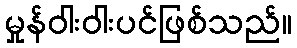
မှုန်ဝါးဝါးပင်ဖြစ်သည်။